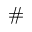
\#